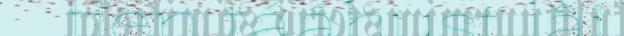
tien tááhust lâi